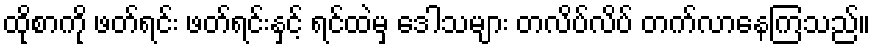
ထိုစာကို ဖတ်ရင်း ဖတ်ရင်းနှင့် ရင်ထဲမှ ဒေါသများ တလိပ်လိပ် တက်လာနေကြသည်။